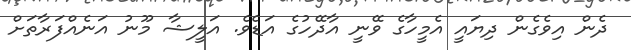
ދެން އިވެގެން ދިޔައީ އެމީހާގެ ވޭނީ އާދޭހުގެ އަޑެވެ. އަލީޝާ މޫނު އަނެއްފަރާތަށް